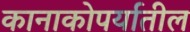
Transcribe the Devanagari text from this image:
कानाकोपर्यातील